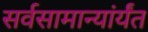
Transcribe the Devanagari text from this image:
सर्वसामान्यांर्यंत